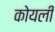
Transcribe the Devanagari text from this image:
कोयली